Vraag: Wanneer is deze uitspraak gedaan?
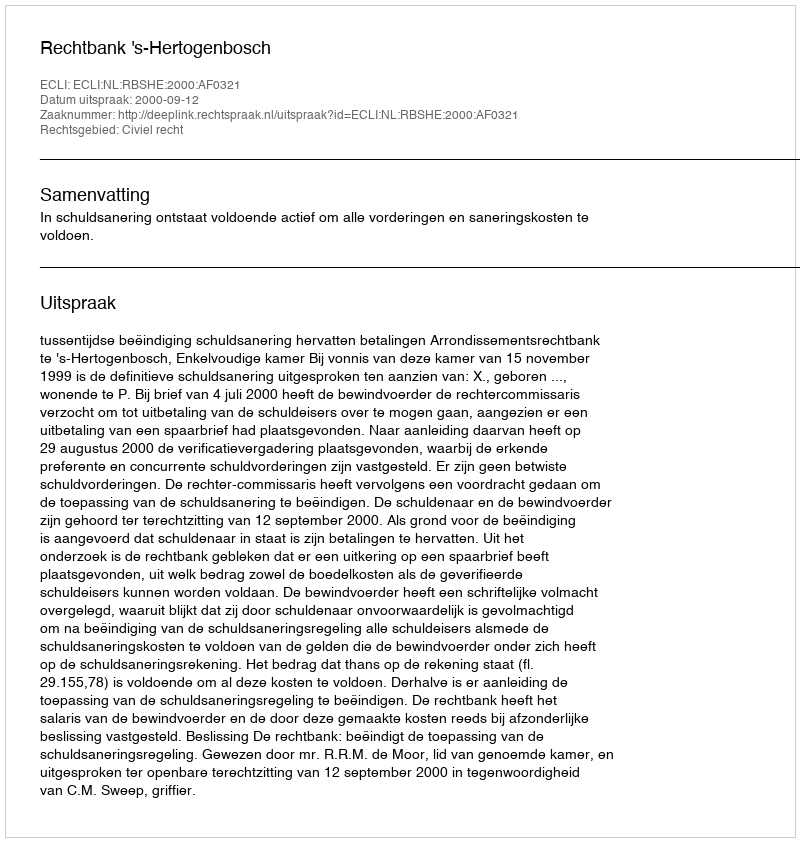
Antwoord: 2000-09-12